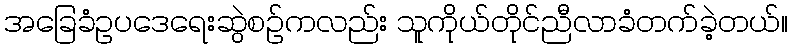
အခြေခံဥပဒေရေးဆွဲစဉ်ကလည်း သူကိုယ်တိုင်ညီလာခံတက်ခဲ့တယ်။